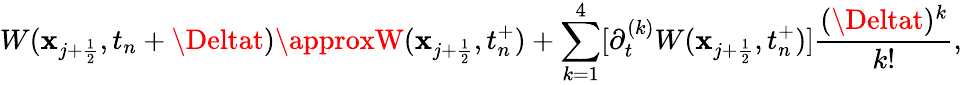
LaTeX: W(\mathbf{x}_{j+\frac{{1}}{{2}}},t_{n}+\Deltat)\approxW(\mathbf{x}_{j+\frac{{1}}{{2}}},t_{n}^{+})+\sum_{k=1}^{4}[\partial_{t}^{(k)}W(\mathbf{x}_{j+\frac{{1}}{{2}}},t_{n}^{+})]\frac{{(\Deltat)^{k}}}{{k!}},